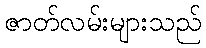
ဇာတ်လမ်းများသည်